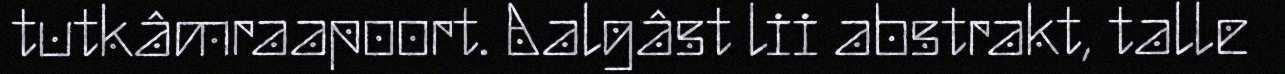
tutkâmraapoort. Aalgâst lii abstrakt, talle